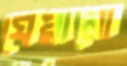
ঘেরানো